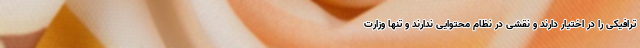
ترافیکی را در اختیار دارند و نقشی در نظام محتوایی ندارند و تنها وزارت